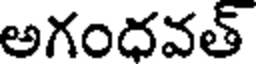
అగందవత్